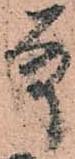
殿